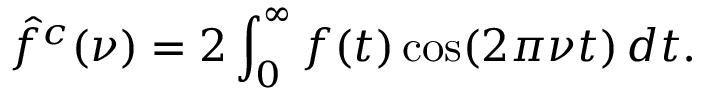
{ \hat { f } } ^ { c } ( \nu ) = 2 \int _ { 0 } ^ { \infty } f ( t ) \cos ( 2 \pi \nu t ) \, d t .